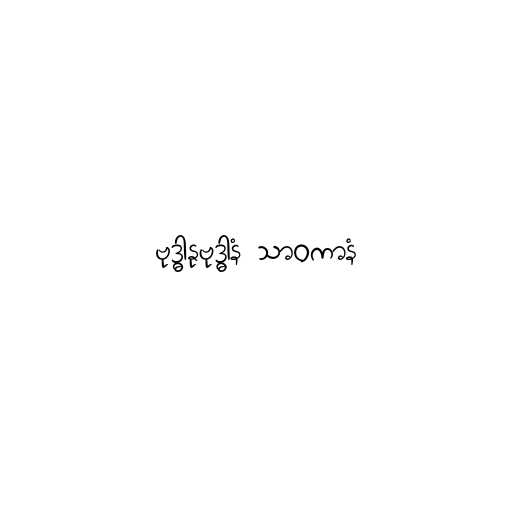
ဗုဒ္ဓါနုဗုဒ္ဓါနံ သာဝကာနံ